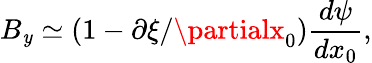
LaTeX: B_{\mathit{y}}\simeq\left(1-\partial\xi/\partialx_{0}\right)\frac{{d\psi}}{{dx_{0}}},